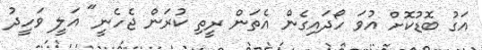
އަގު ބޮޑުކޮށް އުވަ ހޯދައިގެން އެތަން ރީތި ކުރަން ޖެހެނީ" އަލީ ވަހީދު